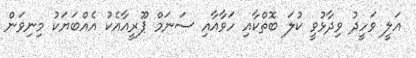
އަލީ ވަހީދު ވިދާޅުވީ ކުލަ ބޮތްކާއި ހަވާއާއި ސަނަމް ޕޫރީއާއެކު އެއްބަޔަކު މިނިވަން